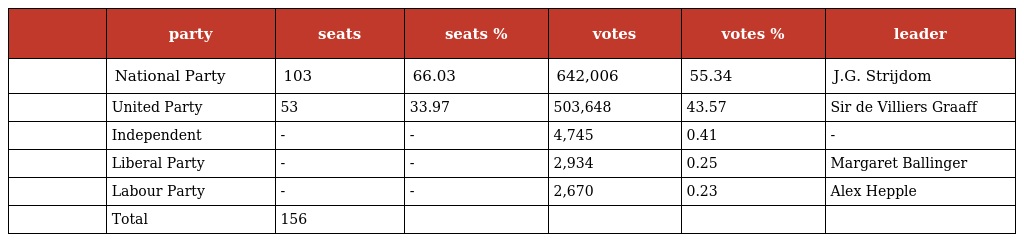
|  | party | seats | seats % | votes | votes % | leader |
 | --- | --- | --- | --- | --- | --- | --- |
 |  | National Party | 103 | 66.03 | 642,006 | 55.34 | J.G. Strijdom |
 |  | United Party | 53 | 33.97 | 503,648 | 43.57 | Sir de Villiers Graaff |
 |  | Independent | - | - | 4,745 | 0.41 | - |
 |  | Liberal Party | - | - | 2,934 | 0.25 | Margaret Ballinger |
 |  | Labour Party | - | - | 2,670 | 0.23 | Alex Hepple |
 |  | Total | 156 |  |  |  |  |